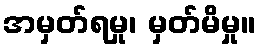
အမှတ်ရမှု၊ မှတ်မိမှု။